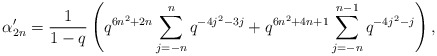
\begin{align*} \alpha'_{2n} = \frac{1}{1-q}\left(q^{6n^2+2n}\sum_{j=-n}^{n}q^{-4j^2-3j} + q^{6n^2+4n+1}\sum_{j=-n}^{n-1}q^{-4j^2-j}\right), \end{align*}